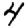
Digit: 4